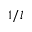
1 / l